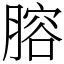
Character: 𦞳